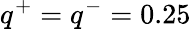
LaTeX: q^{+}=q^{-}=0.25